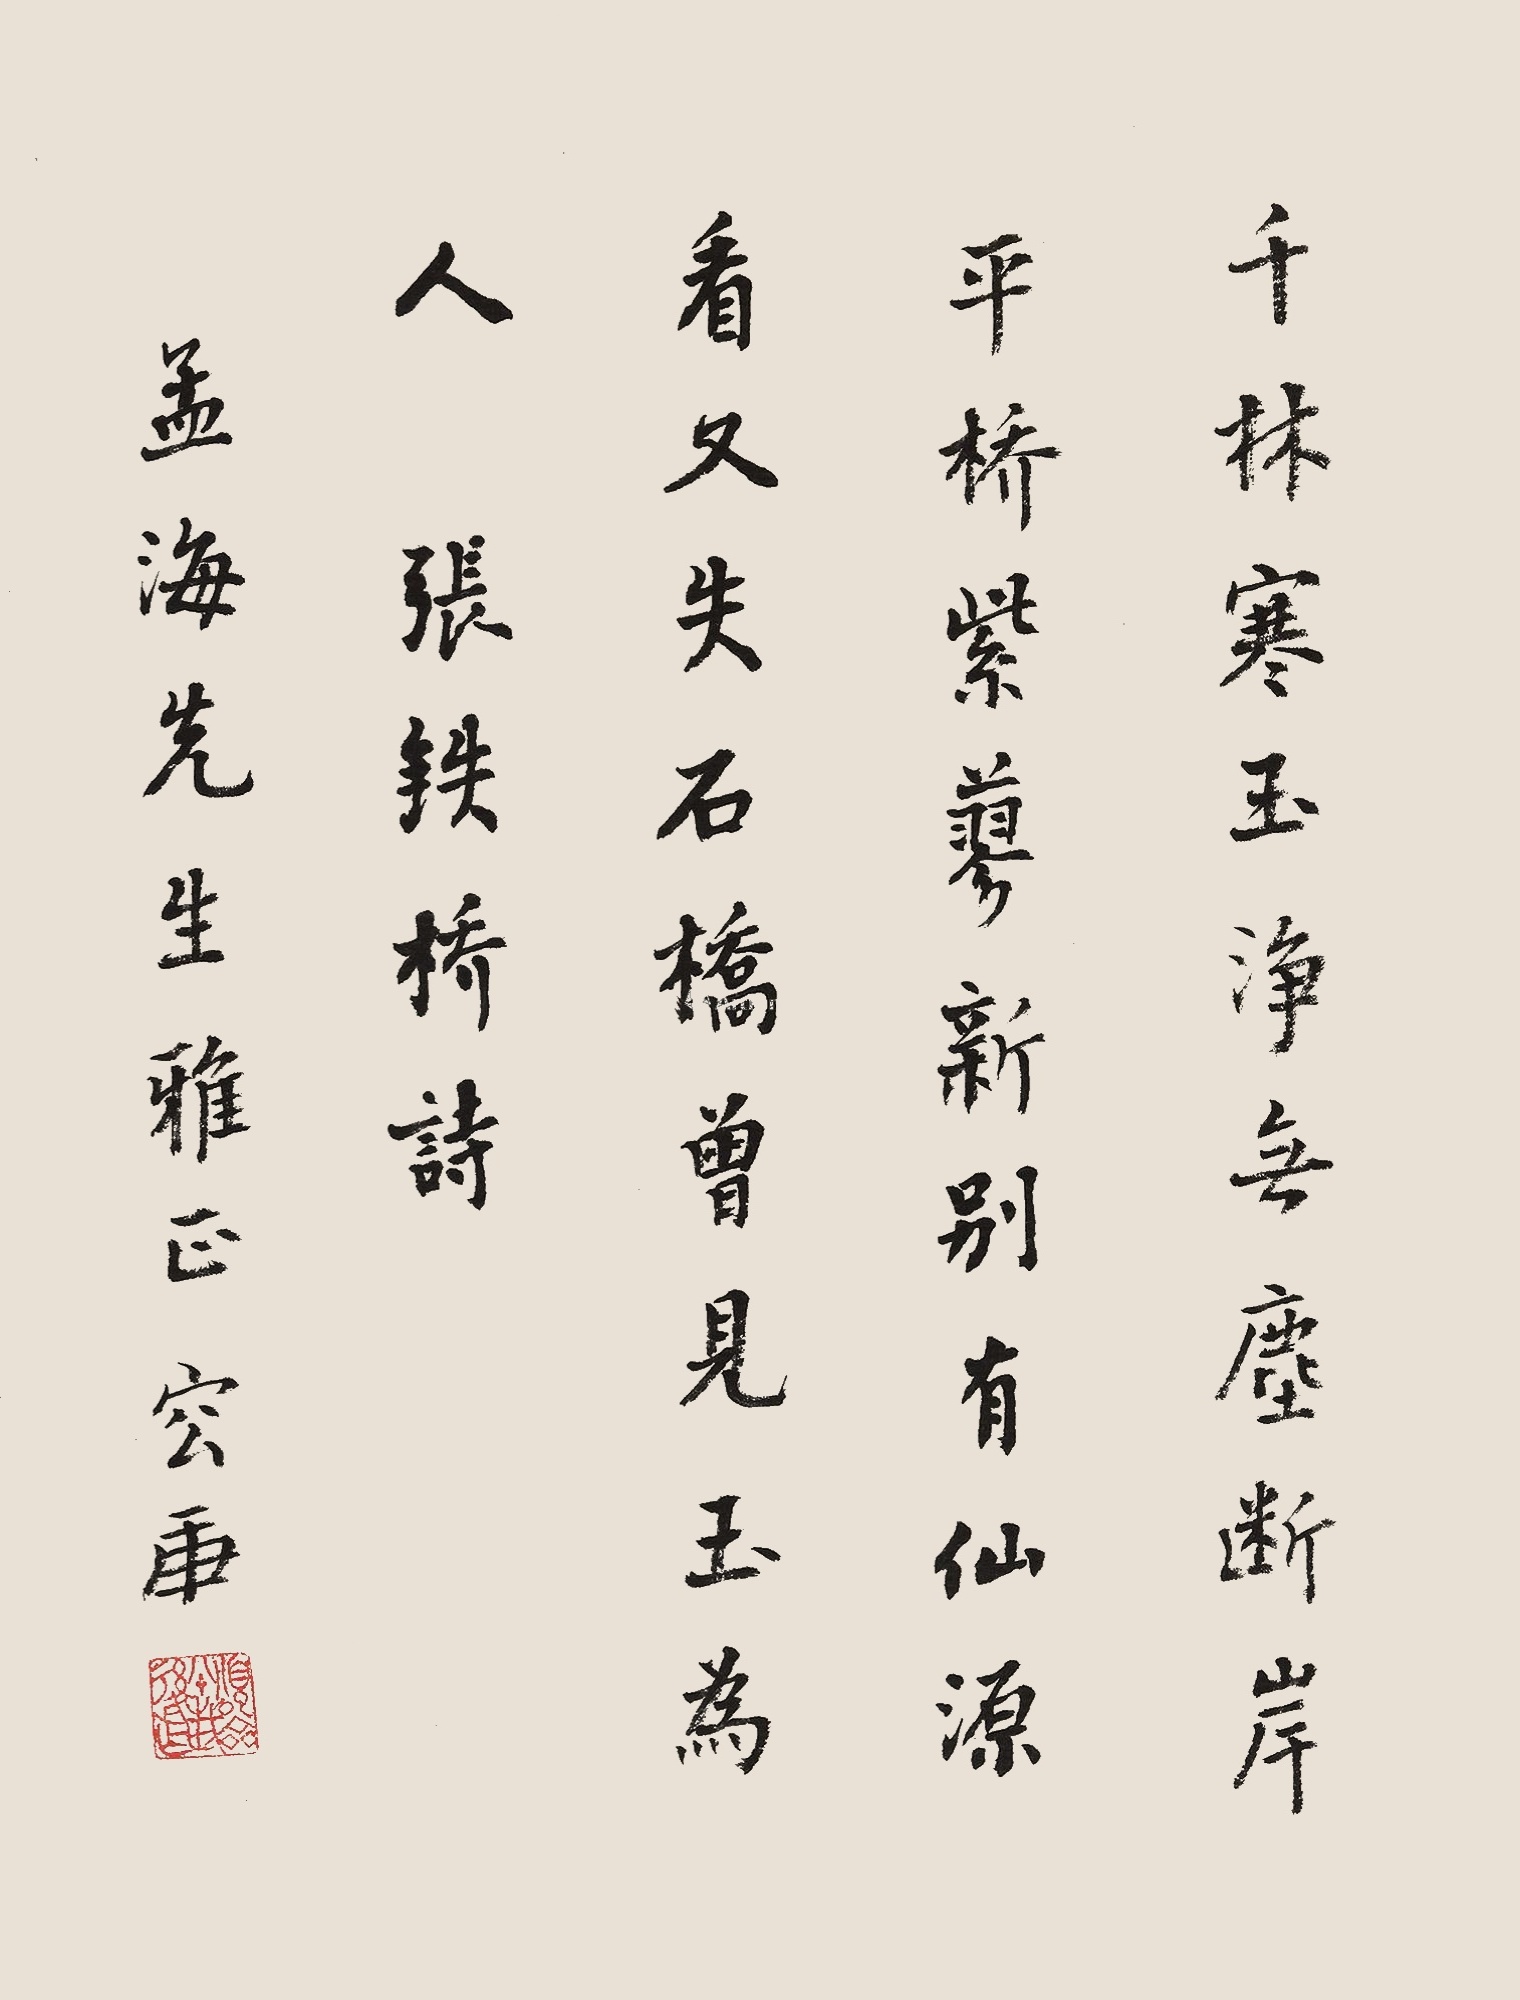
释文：千林寒玉净无尘，断岸平桥紫蓼新。别有仙源看又失，石桥曾见玉为人。张铁桥诗。孟海先生雅正。容庚。